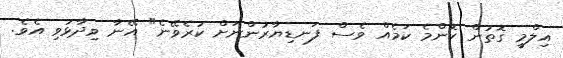
އިލްމީ ގޮތުން ކޮންމެ ކަމެއް ވެސް ފަނޑިޔާރުންނަށް ކުރެވޭނެ" އޭނާ ވިދާޅުވި އެވެ.